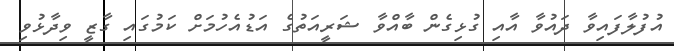
އުފުލާފައިވާ ދައުވާ އާއި ގުޅިގެން ބާއްވާ ޝަރީއަތުގެ އަޑުއެހުމަށް ކަމުގައި ގާޒީ ވިދާޅުވި